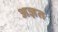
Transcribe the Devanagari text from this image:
अज्ञत